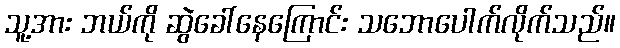
သူ့အား ဘယ်ကို ဆွဲခေါ်နေကြောင်း သဘောပေါက်လိုက်သည်။